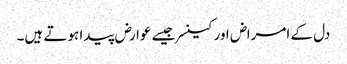
دل کے امراض اور کینسر جیسے عوارض پیدا ہوتے ہیں۔